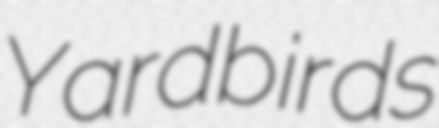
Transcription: Yardbirds